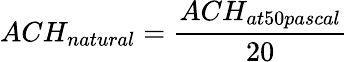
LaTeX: ACH_{natural}={\frac{ACH_{at50pascal}}{20}}\,